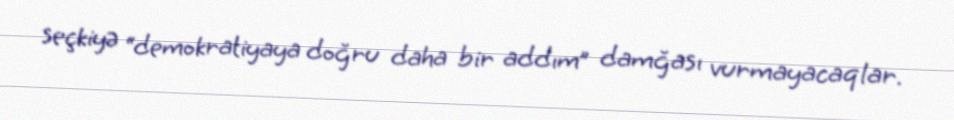
seçkiyə “demokratiyaya doğru daha bir addım” damğası vurmayacaqlar.